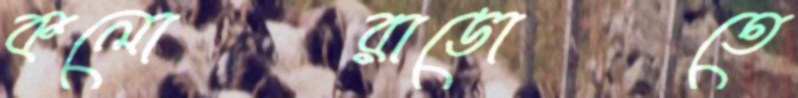
কলোরাডোতে